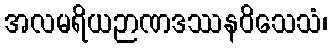
အလမရိယဉာဏဒဿနဝိသေသံ၊